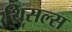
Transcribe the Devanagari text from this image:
थिसल्स